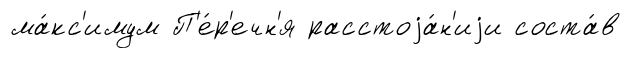
ма́кс'имум П'е́р'ечн'я расстоjа́н'иjи соста́в